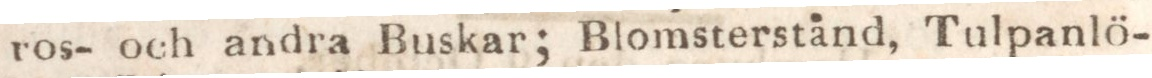
ros- och andra Buskar; Blomsterstånd, Tulpanlö-